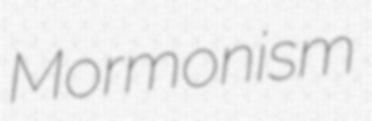
Mormonism